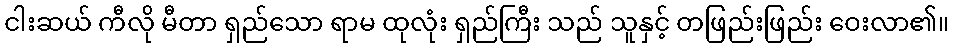
ငါးဆယ် ကီလို မီတာ ရှည်သော ရာမ ထုလုံး ရှည်ကြီး သည် သူနှင့် တဖြည်းဖြည်း ဝေးလာ၏။